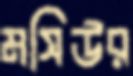
মসিউর